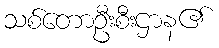
သစ်တောဦးစီးဌာန၏